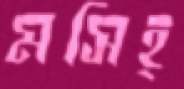
মসিহ্